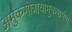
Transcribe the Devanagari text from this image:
अमुकगोत्रायामुकशर्मण्